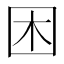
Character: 困